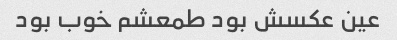
عین عکسش بود طمعشم خوب بود